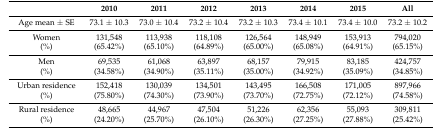
<table><thead><tr><td></td><td><b>2010</b></td><td><b>2011</b></td><td><b>2012</b></td><td><b>2013</b></td><td><b>2014</b></td><td><b>2015</b></td><td><b>All</b></td></tr></thead><tbody><tr><td>Age mean ± SE</td><td>73.1 ± 10.3</td><td>73.0 ± 10.4</td><td>73.2 ± 10.4</td><td>73.2 ± 10.3</td><td>73.4 ± 10.1</td><td>73.4 ± 10.0</td><td>73.2 ± 10.2</td></tr><tr><td>Women</td><td>131,548</td><td>113,938</td><td>118,108</td><td>126,564</td><td>148,949</td><td>153,913</td><td>794,020</td></tr><tr><td>(%)</td><td>(65.42%)</td><td>(65.10%)</td><td>(64.89%)</td><td>(65.00%)</td><td>(65.08%)</td><td>(64.91%)</td><td>(65.15%)</td></tr><tr><td>Men</td><td>69,535</td><td>61,068</td><td>63,897</td><td>68,157</td><td>79,915</td><td>83,185</td><td>424,757</td></tr><tr><td>(%)</td><td>(34.58%)</td><td>(34.90%)</td><td>(35.11%)</td><td>(35.00%)</td><td>(34.92%)</td><td>(35.09%)</td><td>(34.85%)</td></tr><tr><td>Urban residence</td><td>152,418</td><td>130,039</td><td>134,501</td><td>143,495</td><td>166,508</td><td>171,005</td><td>897,966</td></tr><tr><td>(%)</td><td>(75.80%)</td><td>(74.30%)</td><td>(73.90%)</td><td>(73.70%)</td><td>(72.75%)</td><td>(72.12%)</td><td>(74.58%)</td></tr><tr><td>Rural residence</td><td>48,665</td><td>44,967</td><td>47,504</td><td>51,226</td><td>62,356</td><td>55,093</td><td>309,811</td></tr><tr><td>(%)</td><td>(24.20%)</td><td>(25.70%)</td><td>(26.10%)</td><td>(26.30%)</td><td>(27.25%)</td><td>(27.88%)</td><td>(25.42%)</td></tr></tbody></table>